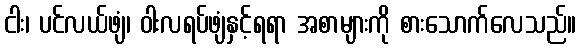
ငါး၊ ပင်လယ်ဖျံ၊ ဝါးလရပ်ဖျံနှင့်ရရာ အစာများကို စားသောက်လေသည်။